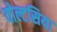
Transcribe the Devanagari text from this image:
वोल्टसिया